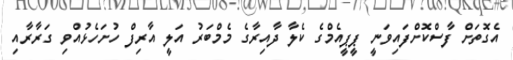
އެގޮތަށް ފާސްކޮށްފައިވަނީ ޕީޕީއެމްގެ ކެލާ ދާއިރާގެ މެމްބަރު އަލީ އާރިފް ހުށަހެޅުއްވި ގަރާރާއި